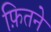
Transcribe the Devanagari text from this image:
फ़ितने